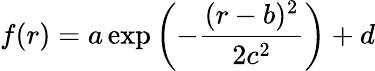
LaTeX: f(r)=a\exp\left(-\frac{(r-b)^{2}}{2c^{2}}\right)+d